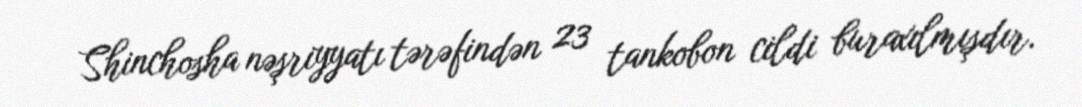
Shinchosha nəşriyyatı tərəfindən 23 tankobon cildi buraxılmışdır.